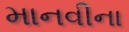
માનવીના